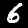
Label: 6